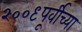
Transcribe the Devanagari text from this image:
२००९पूर्वीच्या